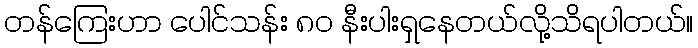
တန်ကြေးဟာ ပေါင်သန်း ၈၀ နီးပါးရှနေတယ်လို့သိရပါတယ်။